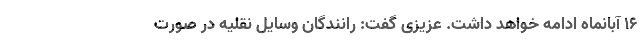
۱۶ آبانماه ادامه خواهد داشت. عزیزی گفت: رانندگان وسایل نقلیه در صورت